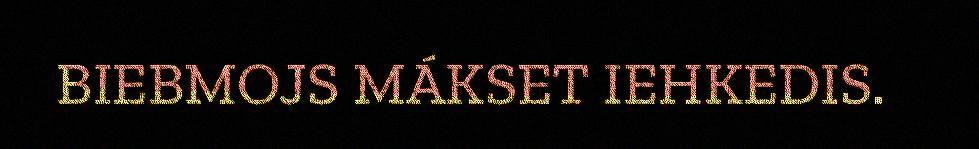
BIEBMOJS MÁKSET IEHKEDIS.